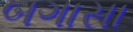
બગાસા